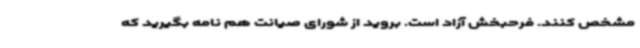
مشخص کنند. فرحبخش آزاد است. بروید از شورای صیانت هم نامه بگیرید که